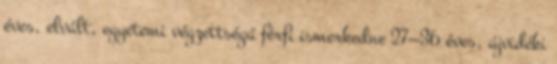
éves, elvált, egyetemi végzettségű férfi ismerkedne 27—36 éves, újvidéki